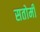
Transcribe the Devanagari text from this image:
सतोमी